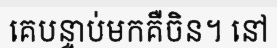
គេបន្ទាប់មកគឺចិន។ នៅ